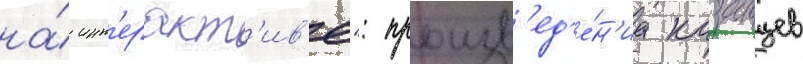
на́ инт'еракт'ив'е": произв'ед'е́н'иа казанцев